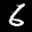
Label: 6